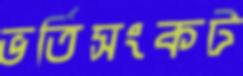
ভর্তিসংকট